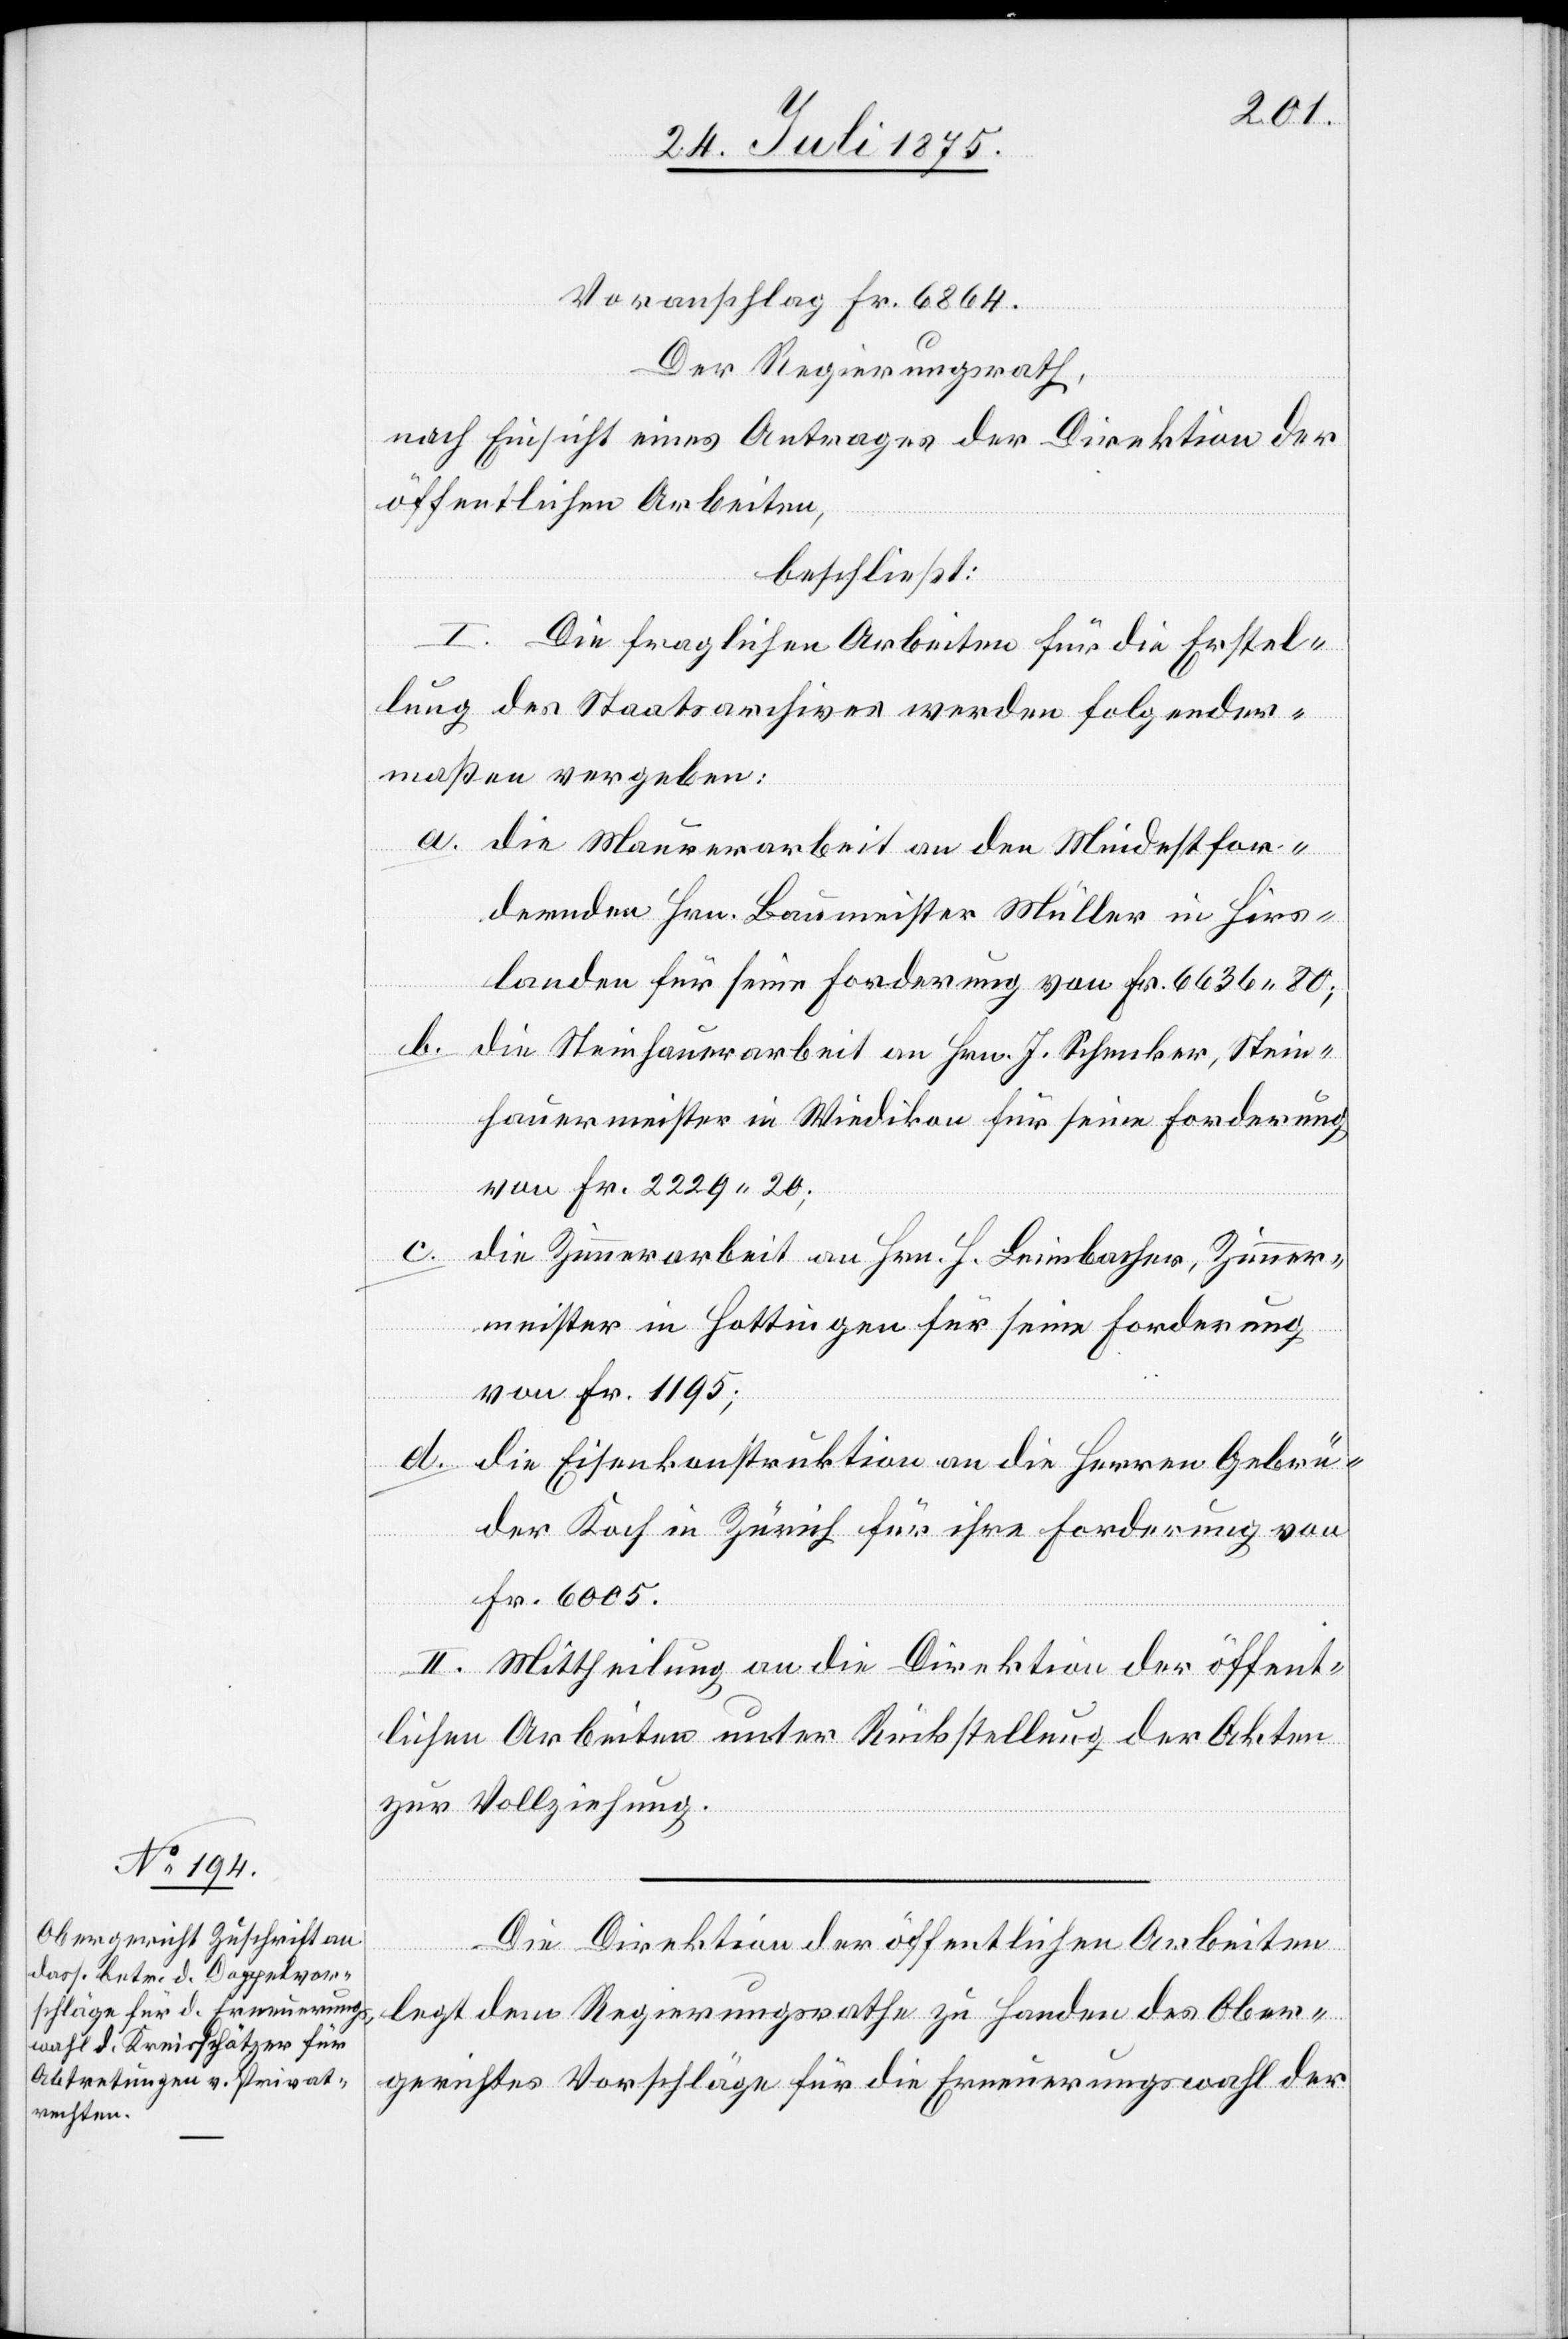
Voranschlag Fr. 6864.
Der Regierungsrath,
nach Einsicht eines Antrages der Direktion der
öffentlichen Arbeiten,
beschließt:
I.
Die fraglichen Arbeiten für die Erstel¬
lung des Staatsarchives werden folgender¬
maßen vergeben:
a. die Mauerarbeit an den Mindestfor¬
dernden Hrn. Baumeister Müller in Hirs¬
landen für seine Forderung von Fr. 6636 80;
b.
die Steinhauerarbeit an Hrn. J. Schenker, Stein¬
hauermeister in Wiedikon für seine Forderung
von Fr. 2229 20;
c.
die Zimmerarbeit an Hrn. H. Leimbacher, Zimmer¬
meister in Hottingen für seine Forderung
von Fr. 1195;
d.
die Eisenkonstruktion an die Herren Gebrü¬
der Koch in Zürich für ihre Forderung von
Fr. 6005.
II. Mittheilung an die Direktion der öffent¬
lichen Arbeiten unter Rückstellung der Akten
zur Vollziehung.
Die Direktion der öffentlichen Arbeiten
legt dem Regierungsrathe zu Handen des Ober¬
gerichtes Vorschläge für die Erneuerungswahl der